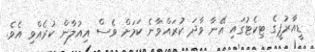
ޑީއާރުޕީގެ ޓިކެޓުގައި އޭނާ ވާދަ ކުރައްވާނެ ކަމަށް ވެސް އިއުލާން ކުރެއްވި އެވެ.